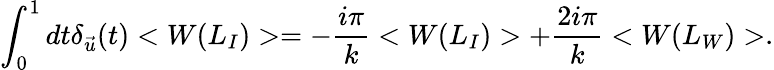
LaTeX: \int_{0}^{1}dt\delta_{\vec{u}}(t)<W(L_{I})>=-{\frac{i\pi}{k}}<W(L_{I})>+{\frac{2i\pi}{k}}<W(L_{W})>.